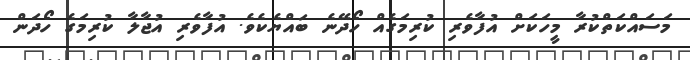
މަސައްކަތްކުރާ މީހަކަށް އުފާވެރި ކުރިމަގެއް ހޯދޭނެ ބަައްޔެކެވެ. އުފާވެރި އުޖާލާ ކުރިމަގެ ހޯދަން